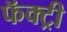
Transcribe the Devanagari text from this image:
फॅक्ट्री